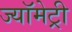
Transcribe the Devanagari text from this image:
ज्यॉमेट्री